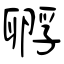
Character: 孵